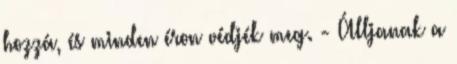
hozzá, és minden éron védjék meg. - Álljanak a